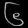
Digit: ၆